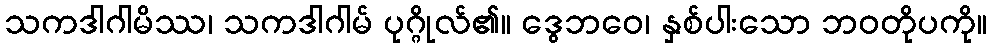
သကဒါဂါမိဿ၊ သကဒါဂါမ် ပုဂ္ဂိုလ်၏။ ဒွေဘဝေ၊ နှစ်ပါးသော ဘဝတိုပကို။